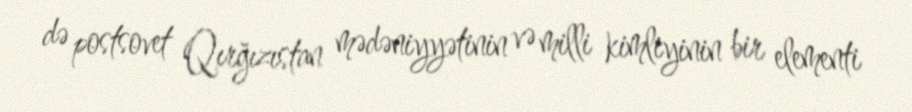
də postsovet Qırğızıstan mədəniyyətinin və milli kimliyinin bir elementi